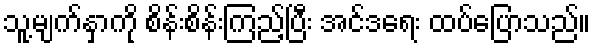
သူ့မျက်နှာကို စိန်းစိန်းကြည့်ပြီး အင်ဒရေး ထပ်ပြောသည်။